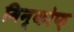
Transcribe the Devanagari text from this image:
मिन्कोफ़